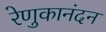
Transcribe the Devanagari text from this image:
रेणुकानंदन